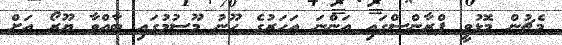
މެޗުން މޮޅުވީ ފްރާންސްގައި އަންނަ އަހަރުގެ ހޫނު މޫސުމުގައި ބާއްވާ ޔޫރޯ އަށް